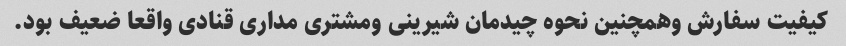
کیفیت سفارش وهمچنین نحوه چیدمان شیرینی ومشتری مداری قنادی واقعا ضعیف بود.